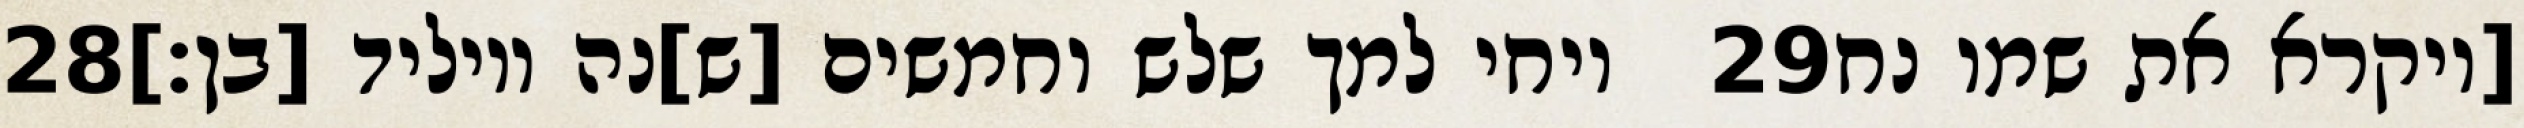
‎28‏ ויחי למך שלש וחמשים [ש]נה ויוליד [בן׃] ‎29‏ [ויקרא את שמו נח